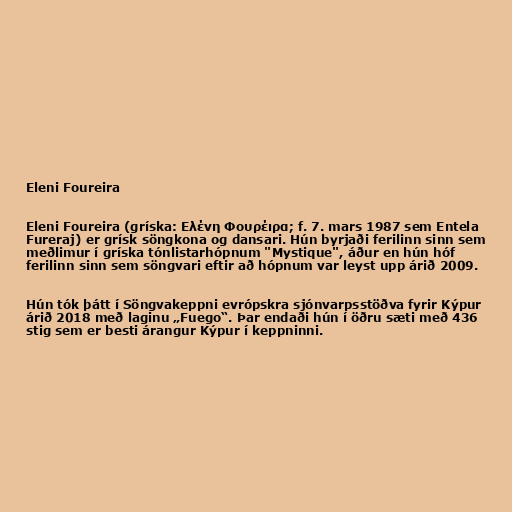
Eleni Foureira

Eleni Foureira (gríska: Ελένη Φουρέιρα; f. 7. mars 1987 sem Entela
Fureraj) er grísk söngkona og dansari. Hún byrjaði ferilinn sinn sem
meðlimur í gríska tónlistarhópnum "Mystique", áður en hún hóf
ferilinn sinn sem söngvari eftir að hópnum var leyst upp árið 2009.

Hún tók þátt í Söngvakeppni evrópskra sjónvarpsstöðva fyrir Kýpur
árið 2018 með laginu „Fuego“. Þar endaði hún í öðru sæti með 436
stig sem er besti árangur Kýpur í keppninni.